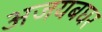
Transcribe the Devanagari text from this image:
अजयबघर